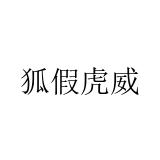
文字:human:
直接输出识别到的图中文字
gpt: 狐假虎威